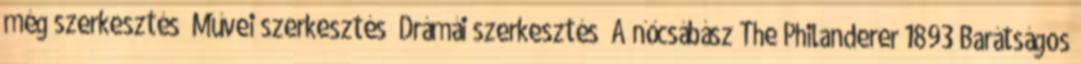
még szerkesztés Művei szerkesztés Drámái szerkesztés A nőcsábász The Philanderer 1893 Barátságos